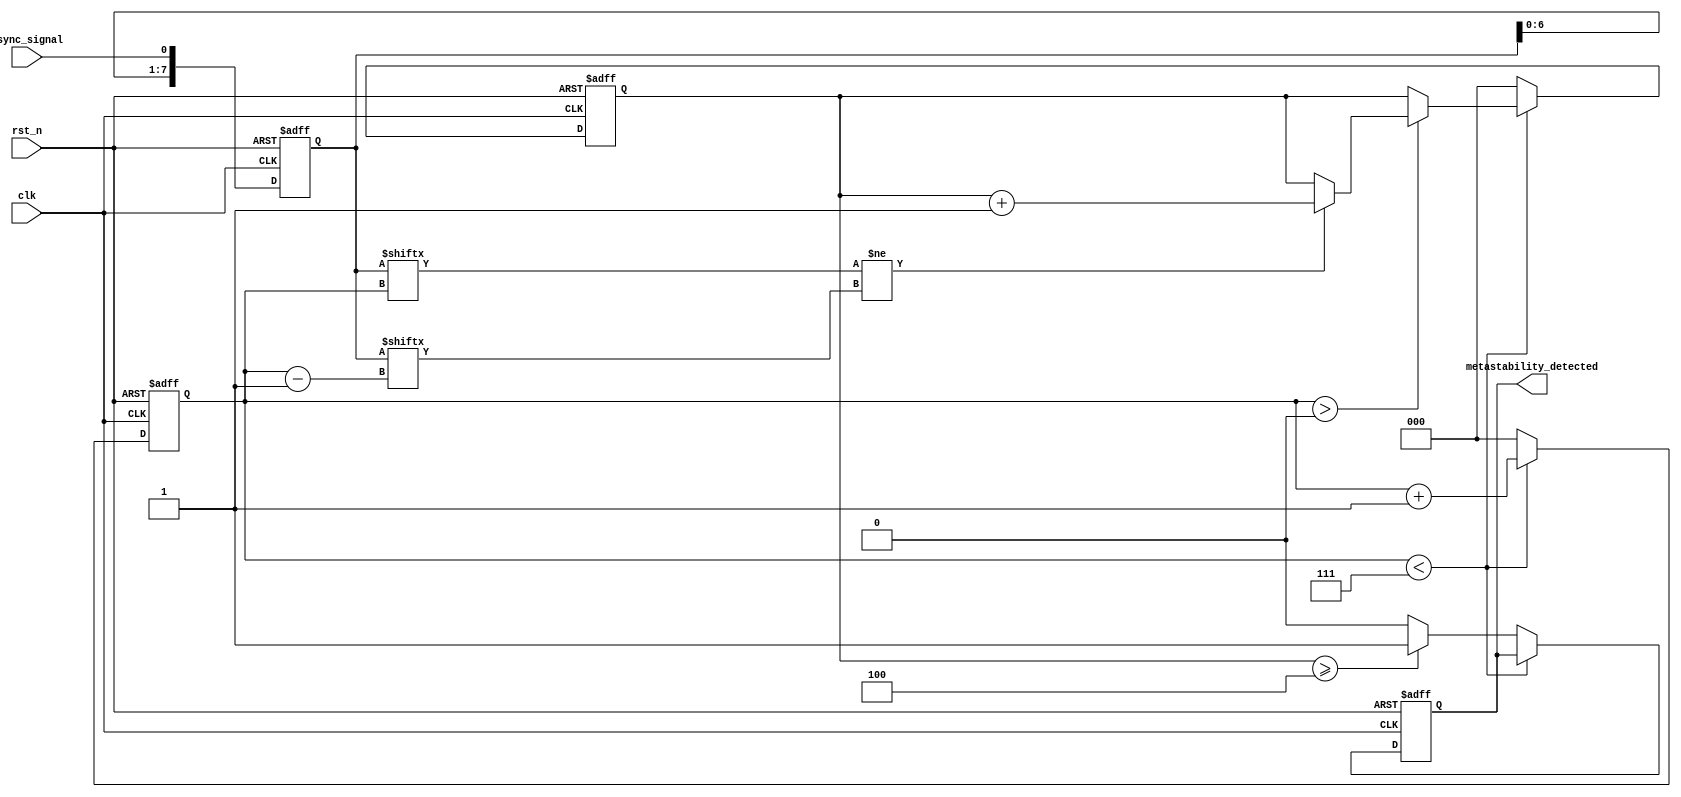
module metastability_detector (
    input wire clk,                // System clock
    input wire rst_n,              // Active-low reset
    input wire async_signal,       // Asynchronous input signal
    output reg metastability_detected // Output indication of metastability
);

    // Parameters
    parameter NUM_SAMPLES = 8;    // Number of samples to store
    parameter TRANSITION_THRESHOLD = 4; // Threshold for detecting metastability

    // Memory block to store sampled values
    reg [NUM_SAMPLES-1:0] samples; // Memory to hold sampled values
    reg [2:0] transition_count;     // Counter for transitions
    reg [2:0] sample_index;         // Current index for sampling

    // Sampling mechanism
    always @(posedge clk or negedge rst_n) begin
        if (!rst_n) begin
            samples <= 0;
            sample_index <= 0;
            transition_count <= 0;
            metastability_detected <= 0;
        end else begin
            // Shift samples and add new sample
            samples <= {samples[NUM_SAMPLES-2:0], async_signal};

            // Check for transitions
            if (sample_index > 0) begin
                if (samples[sample_index] != samples[sample_index - 1]) begin
                    transition_count <= transition_count + 1;
                end
            end

            // Update sample index
            if (sample_index < NUM_SAMPLES - 1) begin
                sample_index <= sample_index + 1;
            end else begin
                sample_index <= 0; // Reset index after reaching the end
                // Check if transitions exceed the threshold
                if (transition_count >= TRANSITION_THRESHOLD) begin
                    metastability_detected <= 1; // Indicate metastability detected
                end else begin
                    metastability_detected <= 0; // Clear detection
                end
                transition_count <= 0; // Reset transition count for next cycle
            end
        end
    end

endmodule